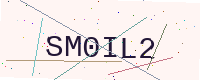
Text: SM0IL2